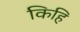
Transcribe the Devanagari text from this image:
किहि